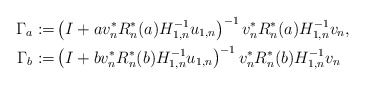
\begin{align*} \Gamma_a:=& \left(I+a v_n^* R_n^*(a)H_{1,n}^{-1}u_{1,n} \right)^{-1} v_n^* R_n^*(a)H_{1,n}^{-1} v_n,\\ \Gamma_b:=& \left(I+b v_n^* R_n^*(b)H_{1,n}^{-1}u_{1,n} \right)^{-1} v_n^* R_n^*(b)H_{1,n}^{-1} v_n \end{align*}